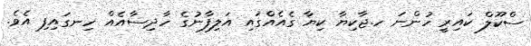
ސްކޫލް ކައިރީ ހުންނަ ހ.ޖާކިޔާ ކިޔާ ގެއެއްގައި އަލިފާނުގެ ހާދިސާއެއް ހިނގައިފި އެވެ.